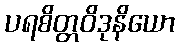
ပရစိတ္တဝိဒုနိယော